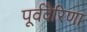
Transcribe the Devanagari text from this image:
पूर्ववैरिणा